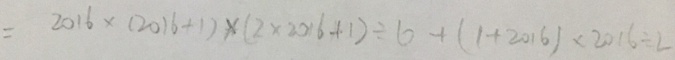
= 2 0 1 6 \times ( 2 0 1 6 + 1 ) \times ( 2 \times 2 0 1 6 + 1 ) \div 6 + ( 1 + 2 0 1 6 ) \times 2 0 1 6 \div 2